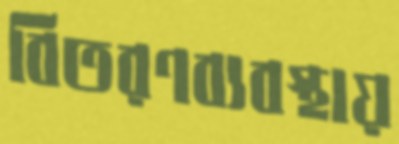
বিতরণব্যবস্থায়